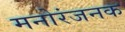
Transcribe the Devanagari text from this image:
मनोरंजनक